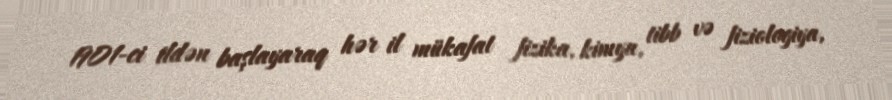
1901-ci ildən başlayaraq hər il mükafat fizika, kimya, tibb və fiziologiya,